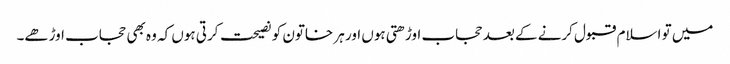
میں تو اسلام قبول کرنے کے بعد حجاب اوڑھتی ہوں اور ہر خاتون کو نصیحت کرتی ہوں کہ وہ بھی حجاب اوڑھے۔